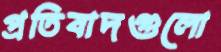
প্রতিবাদগুলো